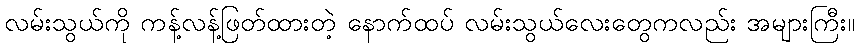
လမ်းသွယ်ကို ကန့်လန့်ဖြတ်ထားတဲ့ နောက်ထပ် လမ်းသွယ်လေးတွေကလည်း အများကြီး။